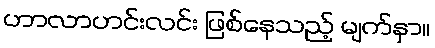
ဟာလာဟင်းလင်း ဖြစ်နေသည့် မျက်နှာ။